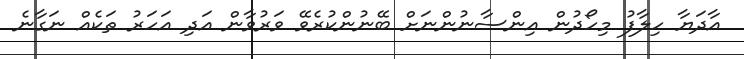
އާދަޔާ ހިލާފު މިހޯދުން އިންސާނުންނަށް ބޭނުންކުރެވޭ ވަރުވާން އަދި އަހަރު ތަކެއް ނަގާނެ